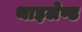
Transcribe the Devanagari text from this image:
थाइलेण्ड